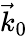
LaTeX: \vec{k}_{0}